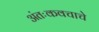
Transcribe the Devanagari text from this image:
अंतःकवचाचे